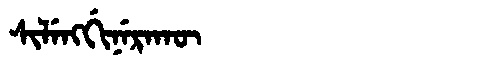
Manchu: ᠰᡳᠯᡝᠩᡤᡳᠨᡝᡵᠠᡴᡡ
Romanization: SILENGGINERAKŪ